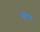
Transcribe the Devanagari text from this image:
कौएं